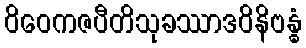
ဝိဝေကဇပီတိသုခဿာဒဝိနိဗန္ဓံ